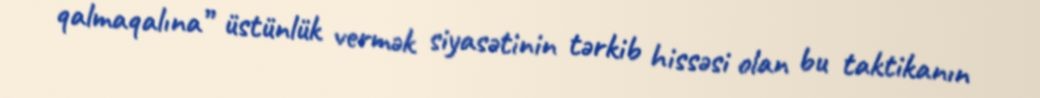
qalmaqalına” üstünlük vermək siyasətinin tərkib hissəsi olan bu taktikanın